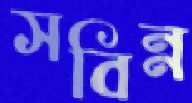
সবিন্ন